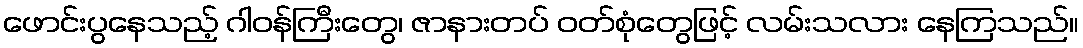
ဖောင်းပွနေသည့် ဂါဝန်ကြီးတွေ၊ ဇာနားတပ် ဝတ်စုံတွေဖြင့် လမ်းသလား နေကြသည်။